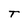
Character: T